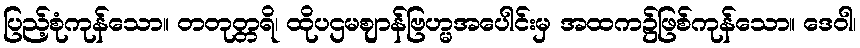
ပြည့်စုံကုန်သော။ တတုတ္တရိ၊ ထိုပဌမဈာန်ဗြဟ္မအပေါင်းမှ အထက၌ဖြစ်ကုန်သော။ ဒေဝါ၊